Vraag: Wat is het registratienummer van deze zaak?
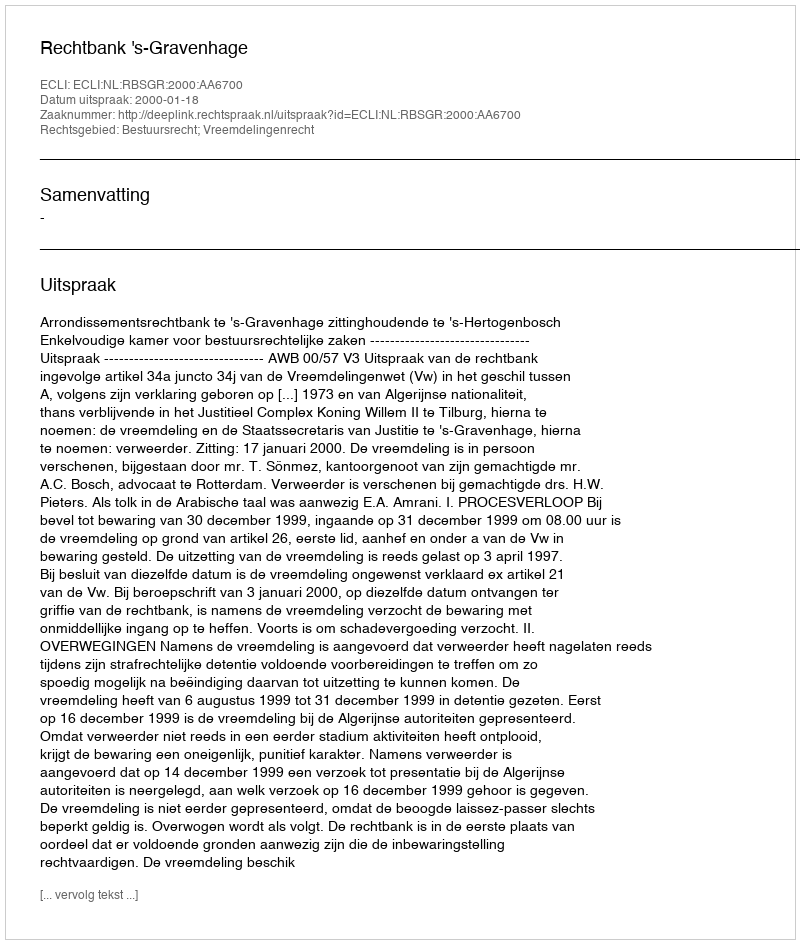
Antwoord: http://deeplink.rechtspraak.nl/uitspraak?id=ECLI:NL:RBSGR:2000:AA6700